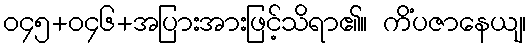
ဝ၄၅+ဝ၄၆+အပြားအားဖြင့်သိရာ၏။ ကိံပဇာနေယျ၊